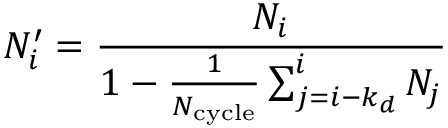
N _ { i } ^ { \prime } = \frac { N _ { i } } { 1 - \frac { 1 } { N _ { \mathrm { { c y c l e } } } } \sum _ { j = i - k _ { d } } ^ { i } N _ { j } }